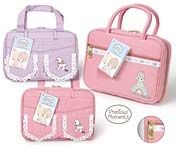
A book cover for Precious Moments Pink Bible Cover; Precious Moments; Christian Books & Bibles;